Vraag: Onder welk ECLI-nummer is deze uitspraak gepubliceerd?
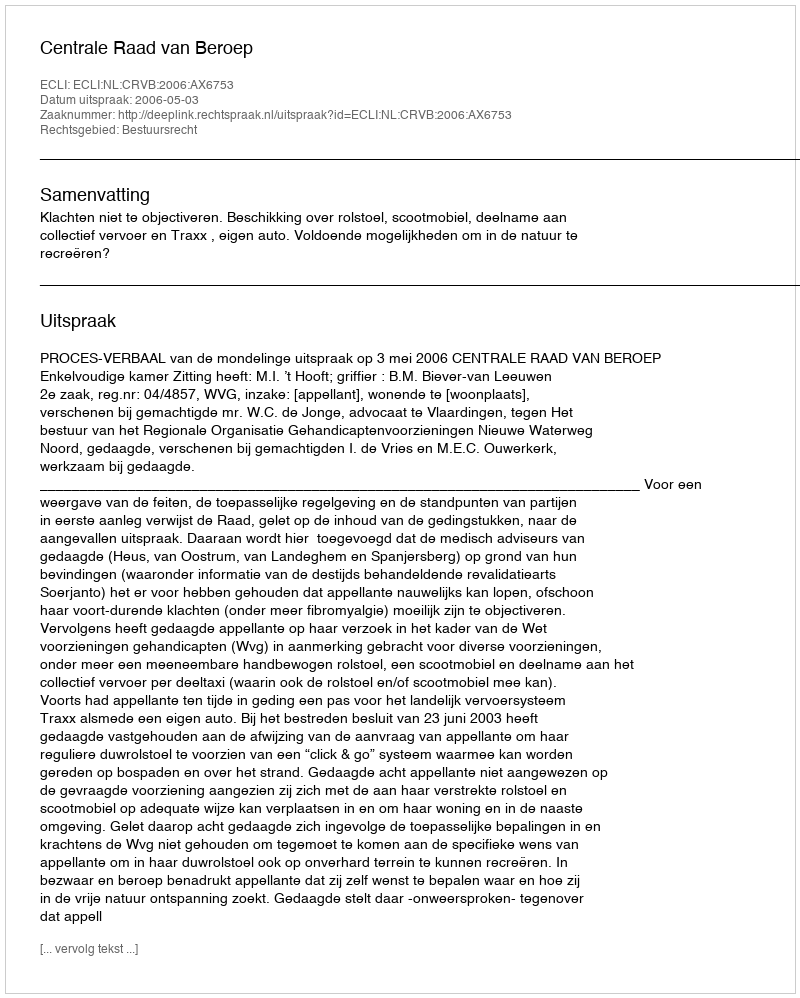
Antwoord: ECLI:NL:CRVB:2006:AX6753